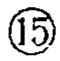
\textcircled{15}